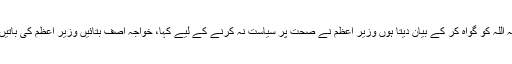
مراد سعید کا کہنا تھا کہ اللہ کو گواہ کر کے بیان دیتا ہوں وزیر اعظم نے صحت پر سیاست نہ کرنے کے لیے کہا، خواجہ آصف بتائیں وزیر اعظم کی باتیں کہاں سے لا رہے ہیں۔